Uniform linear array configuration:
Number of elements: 4
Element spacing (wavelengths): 0.5
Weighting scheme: binomial
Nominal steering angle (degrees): -60
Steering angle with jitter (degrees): -59.034
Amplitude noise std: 0.05
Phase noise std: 0.05

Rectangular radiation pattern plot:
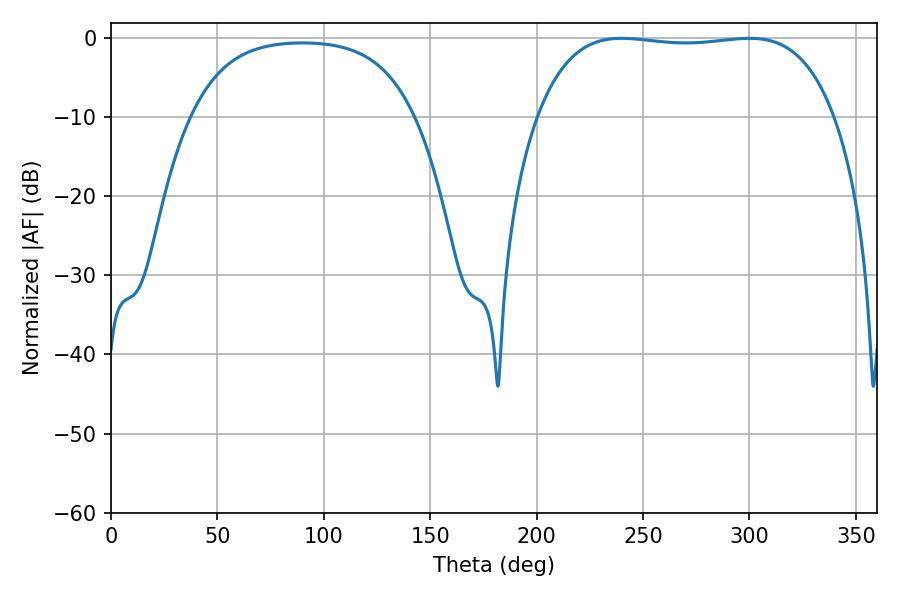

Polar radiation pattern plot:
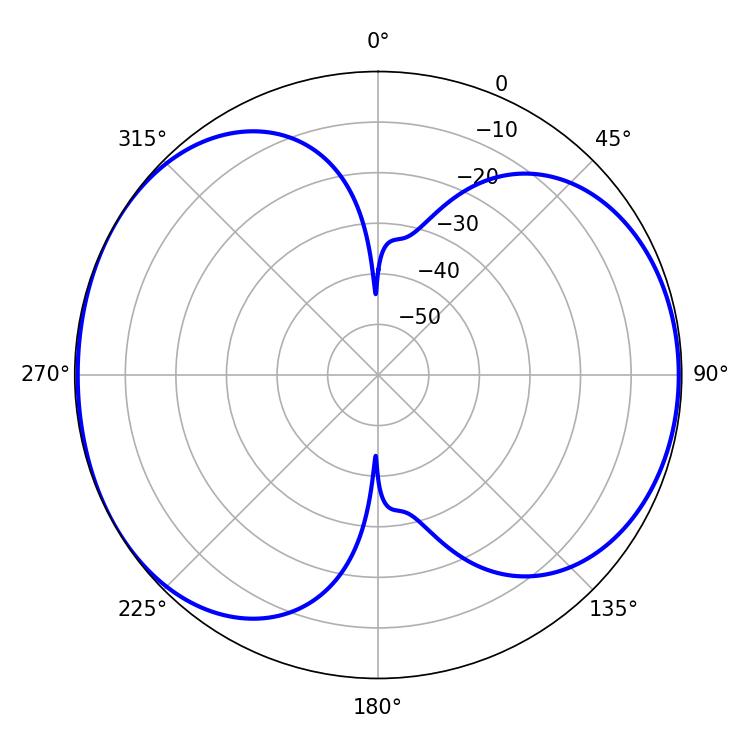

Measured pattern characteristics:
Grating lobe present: FALSE
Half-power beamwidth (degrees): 110.88
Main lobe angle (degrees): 239.94